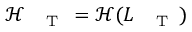
\mathcal { H } _ { \mathrm { ~ \tiny ~ \textnormal ~ { ~ T ~ } ~ } } = \mathcal { H } ( L _ { \mathrm { ~ \tiny ~ \textnormal ~ { ~ T ~ } ~ } } )